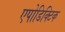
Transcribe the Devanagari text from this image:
एपोडिक्टिक